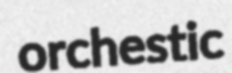
orchestic